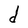
Character: d